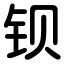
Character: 钡